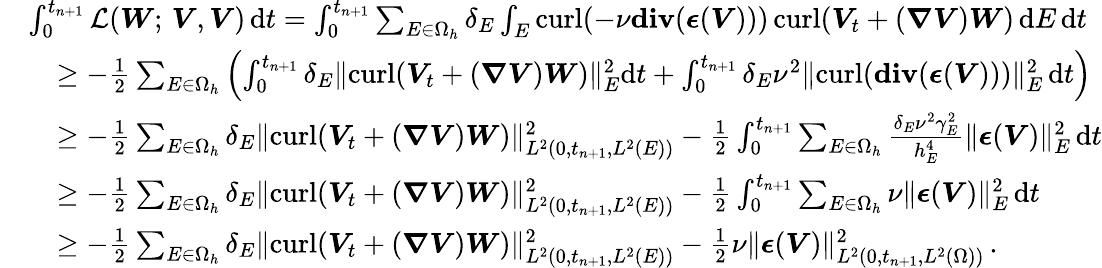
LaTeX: \begin{array}{rl}&{\int_{0}^{t_{n+1}}\mathcal{L}(\boldsymbol{W};\, \boldsymbol{V},\boldsymbol{V})\, \mathrm{d}t=\int_{0}^{t_{n+1}}\sum_{E\in\Omega_{h}}\delta_{E}\int_{E}{\mathrm{curl}}(-\nu\mathbf{{div}}(\boldsymbol{\epsilon}(\boldsymbol{V})))\, {\mathrm{curl}}(\boldsymbol{V}_{t}+(\boldsymbol{\nabla}\boldsymbol{V})\boldsymbol{W})\, \mathrm{d}E\, \mathrm{d}t}\\ &{\quad\geq-\frac{1}{2}\sum_{E\in\Omega_{h}}\left(\int_{0}^{t_{n+1}}\delta_{E}\| {\mathrm{curl}}(\boldsymbol{V}_{t}+(\boldsymbol{\nabla}\boldsymbol{V})\boldsymbol{W})\| _{E}^{2}\mathrm{d}t+\int_{0}^{t_{n+1}}\delta_{E}\nu^{2}\| {\mathrm{curl}}(\mathbf{{div}}(\boldsymbol{\epsilon}(\boldsymbol{V})))\| _{E}^{2}\, \mathrm{d}t\right)}\\ &{\quad\geq-\frac{1}{2}\sum_{E\in\Omega_{h}}\delta_{E}\| {\mathrm{curl}}(\boldsymbol{V}_{t}+(\boldsymbol{\nabla}\boldsymbol{V})\boldsymbol{W})\| _{L^{2}(0,t_{n+1},L^{2}(E))}^{2}-\frac{1}{2}\int_{0}^{t_{n+1}}\sum_{E\in\Omega_{h}}\frac{\delta_{E}\nu^{2}\gamma_{E}^{2}}{h_{E}^{4}}\| \boldsymbol{\epsilon}(\boldsymbol{V})\| _{E}^{2}\, \mathrm{d}t}\\ &{\quad\geq-\frac{1}{2}\sum_{E\in\Omega_{h}}\delta_{E}\| {\mathrm{curl}}(\boldsymbol{V}_{t}+(\boldsymbol{\nabla}\boldsymbol{V})\boldsymbol{W})\| _{L^{2}(0,t_{n+1},L^{2}(E))}^{2}-\frac{1}{2}\int_{0}^{t_{n+1}}\sum_{E\in\Omega_{h}}\nu\| \boldsymbol{\epsilon}(\boldsymbol{V})\| _{E}^{2}\, \mathrm{d}t}\\ &{\quad\geq-\frac{1}{2}\sum_{E\in\Omega_{h}}\delta_{E}\| {\mathrm{curl}}(\boldsymbol{V}_{t}+(\boldsymbol{\nabla}\boldsymbol{V})\boldsymbol{W})\| _{L^{2}(0,t_{n+1},L^{2}(E))}^{2}-\frac{1}{2}\nu\| \boldsymbol{\epsilon}(\boldsymbol{V})\| _{L^{2}(0,t_{n+1},L^{2}(\Omega))}^{2}\, .}\end{array}